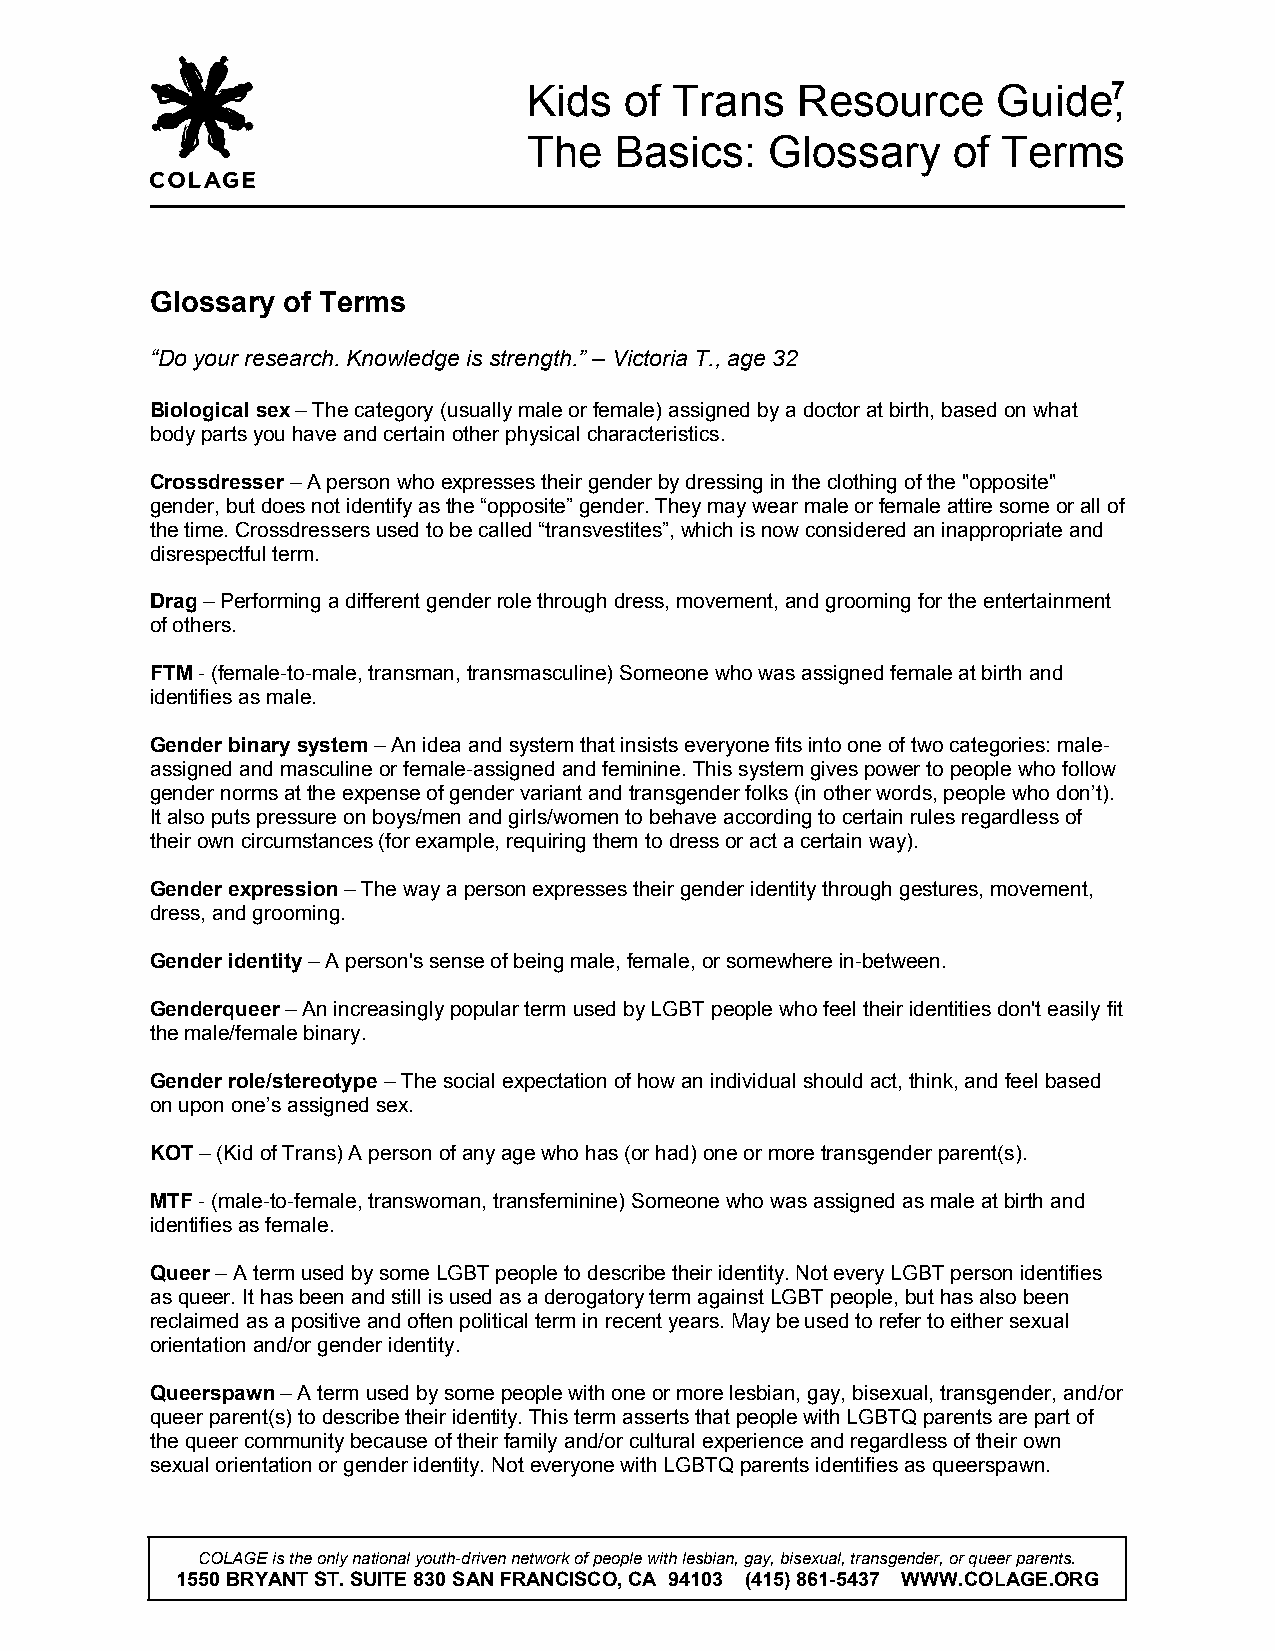
Kids  of  Trans   Resource     Guide7,
 The   Basics:   Glossary    of Terms
 Glossary of Terms
 “Do your research. Knowledge is strength.” – Victoria T., age 32
 Biological sex – The category (usually male or female) assigned by a doctor at birth, based on what
 body parts you have and certain other physical characteristics.
 Crossdresser – A person who expresses their gender by dressing in the clothing of the "opposite"
 gender, but does not identify as the “opposite” gender. They may wear male or female attire some or all of
 the time. Crossdressers used to be called “transvestites”, which is now considered an inappropriate and
 disrespectful term.
 Drag – Performing a different gender role through dress, movement, and grooming for the entertainment
 of others.
 FTM - (female-to-male, transman, transmasculine) Someone who was assigned female at birth and
 identifies as male.
 Gender binary system – An idea and system that insists everyone fits into one of two categories: male-
 assigned and masculine or female-assigned and feminine. This system gives power to people who follow
 gender norms at the expense of gender variant and transgender folks (in other words, people who don’t).
 It also puts pressure on boys/men and girls/women to behave according to certain rules regardless of
 their own circumstances (for example, requiring them to dress or act a certain way).
 Gender expression – The way a person expresses their gender identity through gestures, movement,
 dress, and grooming.
 Gender identity – A person's sense of being male, female, or somewhere in-between.
 Genderqueer – An increasingly popular term used by LGBT people who feel their identities don't easily fit
 the male/female binary.
 Gender role/stereotype – The social expectation of how an individual should act, think, and feel based
 on upon one’s assigned sex.
 KOT – (Kid of Trans) A person of any age who has (or had) one or more transgender parent(s).
 MTF - (male-to-female, transwoman, transfeminine) Someone who was assigned as male at birth and
 identifies as female.
 Queer – A term used by some LGBT people to describe their identity. Not every LGBT person identifies
 as queer. It has been and still is used as a derogatory term against LGBT people, but has also been
 reclaimed as a positive and often political term in recent years. May be used to refer to either sexual
 orientation and/or gender identity.
 Queerspawn – A term used by some people with one or more lesbian, gay, bisexual, transgender, and/or
 queer parent(s) to describe their identity. This term asserts that people with LGBTQ parents are part of
 the queer community because of their family and/or cultural experience and regardless of their own
 sexual orientation or gender identity. Not everyone with LGBTQ parents identifies as queerspawn.
 COLAGE is the only national youth-driven network of people with lesbian, gay, bisexual, transgender, or queer parents.
 1550 BRYANT ST. SUITE 830 SAN FRANCISCO, CA 94103 (415) 861-5437 WWW.COLAGE.ORG